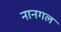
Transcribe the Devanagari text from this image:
नानगल